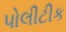
પોલીટીક